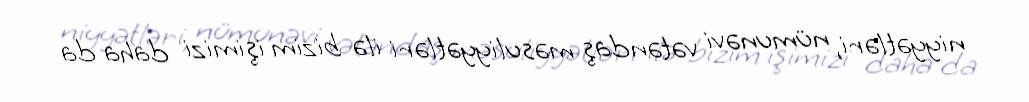
niyyətləri, nümunəvi vətəndaş məsuliyyətləri ilə bizim işimizi daha da